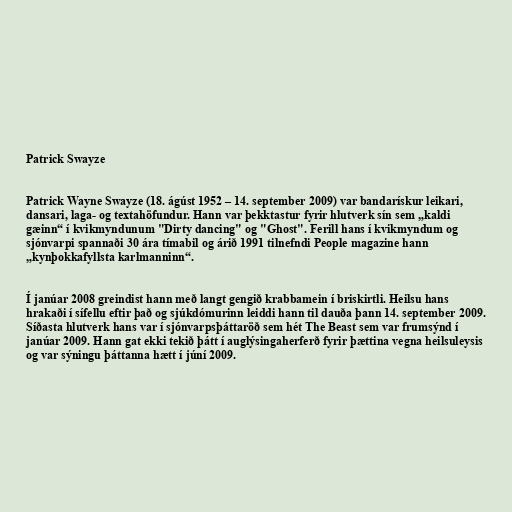
Patrick Swayze

Patrick Wayne Swayze (18. ágúst 1952 – 14. september 2009) var bandarískur leikari,
dansari, laga- og textahöfundur. Hann var þekktastur fyrir hlutverk sín sem „kaldi
gæinn“ í kvikmyndunum "Dirty dancing" og "Ghost". Ferill hans í kvikmyndum og
sjónvarpi spannaði 30 ára tímabil og árið 1991 tilnefndi People magazine hann
„kynþokkafyllsta karlmanninn“.

Í janúar 2008 greindist hann með langt gengið krabbamein í briskirtli. Heilsu hans
hrakaði í sífellu eftir það og sjúkdómurinn leiddi hann til dauða þann 14. september 2009.
Síðasta hlutverk hans var í sjónvarpsþáttaröð sem hét The Beast sem var frumsýnd í
janúar 2009. Hann gat ekki tekið þátt í auglýsingaherferð fyrir þættina vegna heilsuleysis
og var sýningu þáttanna hætt í júní 2009.